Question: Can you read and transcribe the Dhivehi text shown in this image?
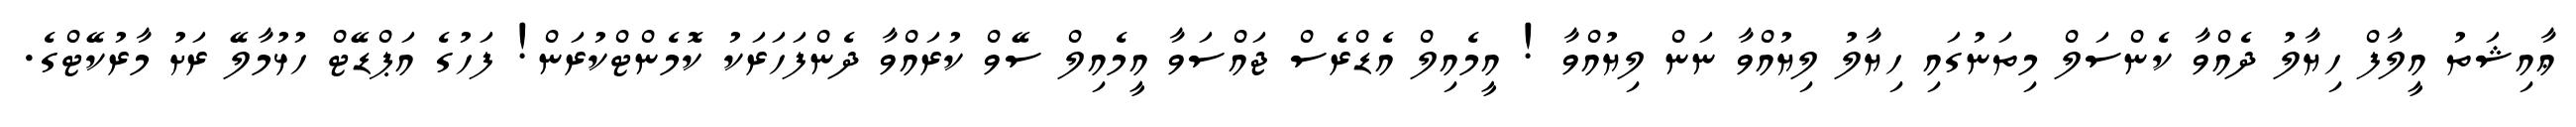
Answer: ޢާއިޝަތު އީލާފް ހިޔާލު ދެއްވާ ކެންސަލް މިތަނުގައި ހިޔާލު ލިޔުއްވާ ނަން ލިޔުއްވާ ! އީމެއިލް އެޑްރެސް ޖައްސަވާ އީމެއިލް ސޭވް ކުރައްވާ ދެންފަހަރަކު ކޮމެންޓްކުރަން! ފަހުގެ އަޕްޑޭޓް ހުޅުމާލޭ ރަށު މާރުކޭޓްގެ.